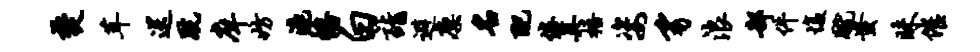
焚茸送跣庠妨漉幡白诣避廪名配倦具梧姿豸浪部件愎蹴蚩昧催